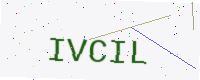
Text: IVCIL